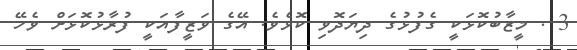
3 . މީޒާބުކޮޅަކީ ގެފުޅުގެ ދިޔަދޮވި ކޮޅެވެ. އޭގެ ވަޒީފާއަކީ ފުރާޅުކޮޅަށް ވެހޭ